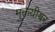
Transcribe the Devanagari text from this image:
मुक्तयीश्वर